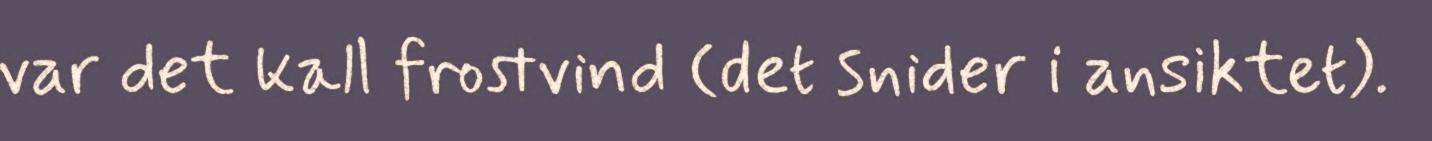
var det kall frostvind (det snider i ansiktet).